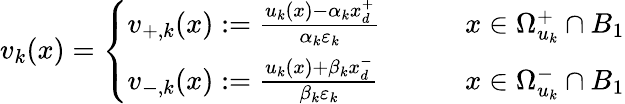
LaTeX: v_{k}(x)=\left\{ \begin{array}{ll}{v_{+,k}(x):=\frac{u_{k}(x)-\alpha_{k}x_{d}^{+}}{\alpha_{k}\varepsilon_{k}}\qquad}&{x\in\Omega_{u_{k}}^{+}\cap B_{1}}\\ {v_{-,k}(x):=\frac{u_{k}(x)+\beta_{k}x_{d}^{-}}{\beta_{k}\varepsilon_{k}}\qquad}&{x\in\Omega_{u_{k}}^{-}\cap B_{1}}\end{array}\right.